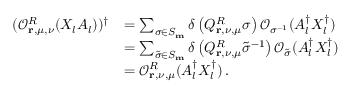
\begin{array} { r l } { ( \mathcal { O } _ { \mathbf { r } , \mu , \nu } ^ { R } ( X _ { l } A _ { l } ) ) ^ { \dagger } } & { = \sum _ { \sigma \in S _ { \mathbf { m } } } \delta \left( Q _ { \mathbf { r } , \nu , \mu } ^ { R } \sigma \right) \mathcal { O } _ { \sigma ^ { - 1 } } ( A _ { l } ^ { \dagger } X _ { l } ^ { \dagger } ) } \\ & { = \sum _ { \tilde { \sigma } \in S _ { \mathbf { m } } } \delta \left( Q _ { \mathbf { r } , \nu , \mu } ^ { R } \tilde { \sigma } ^ { - 1 } \right) \mathcal { O } _ { \tilde { \sigma } } ( A _ { l } ^ { \dagger } X _ { l } ^ { \dagger } ) } \\ & { = \mathcal { O } _ { \mathbf { r } , \nu , \mu } ^ { R } ( A _ { l } ^ { \dagger } X _ { l } ^ { \dagger } ) \, . } \end{array}